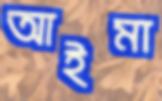
আইমা